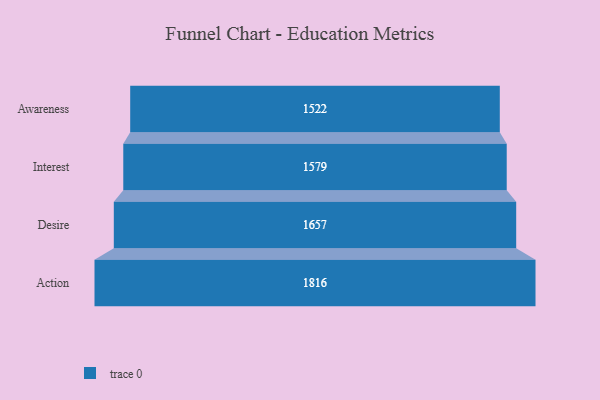
{"axis": {"x": "Stage", "y": "Value"}, "legend": [""], "data": [{"x": "Awareness", "y": 1522.0, "type": ""}, {"x": "Interest", "y": 1579.0, "type": ""}, {"x": "Desire", "y": 1657.0, "type": ""}, {"x": "Action", "y": 1816.0, "type": ""}]}